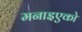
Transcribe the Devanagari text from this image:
मनाइएको